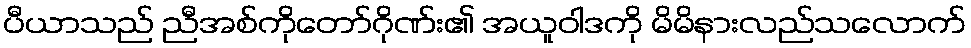
ပီယာသည် ညီအစ်ကိုတော်ဂိုဏ်း၏ အယူဝါဒကို မိမိနားလည်သလောက်